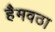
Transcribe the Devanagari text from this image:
हैमवठा